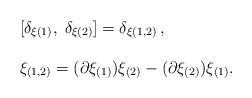
LaTeX: \begin{align*}\\\begin{array}{cl} &{[}\delta_{\xi(1)},\;\delta_{\xi(2)}{]}=\delta_{\xi(1,2)}\,,\\ \\ &\xi_{(1,2)}=(\partial\xi_{(1)})\xi_{(2)}-(\partial\xi_{(2)})\xi_{(1)}. \end{array}\end{align*}